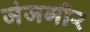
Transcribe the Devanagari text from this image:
जंजगीर